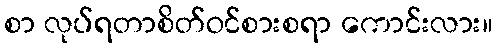
စာ လုပ်ရတာစိတ်ဝင်စားစရာ ကောင်းလား။